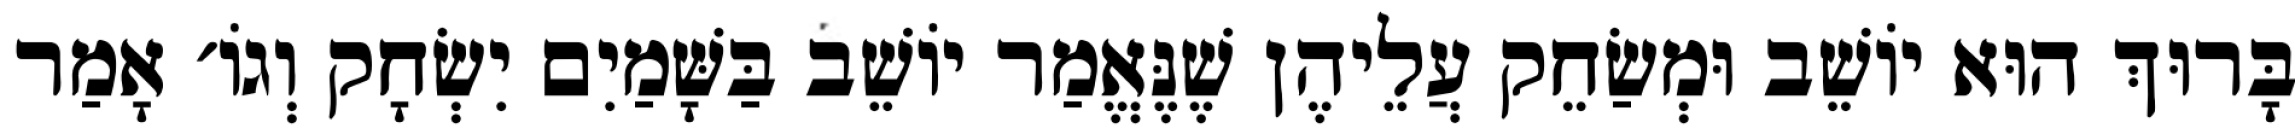
בָּרוּךְ הוּא יוֹשֵׁב וּמְשַׂחֵק עֲלֵיהֶן שֶׁנֶּאֱמַר יוֹשֵׁב בַּשָּׁמַיִם יִשְׂחָק וְגוֹ׳ אָמַר